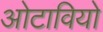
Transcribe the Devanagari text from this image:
ओटावियो